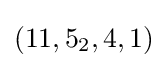
(11,5_{2},4,1)